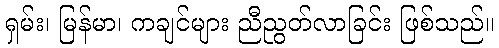
ရှမ်း၊ မြန်မာ၊ ကချင်များ ညီညွတ်လာခြင်း ဖြစ်သည်။